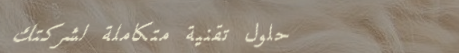
حلول تقنية متكاملة لشركتك